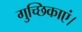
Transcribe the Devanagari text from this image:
गुच्छिकाएं।